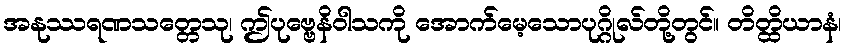
အနုဿရဏသတ္တေသု၊ ဤပုဗ္ဗေနိဝါသကို အောက်မေ့သောပုဂ္ဂိုလ်တို့တွင်။ တိတ္ထိယာနံ၊